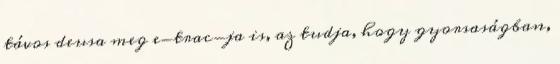
távos deusa meg e-trac-ja is, az tudja, hogy gyorsaságban,